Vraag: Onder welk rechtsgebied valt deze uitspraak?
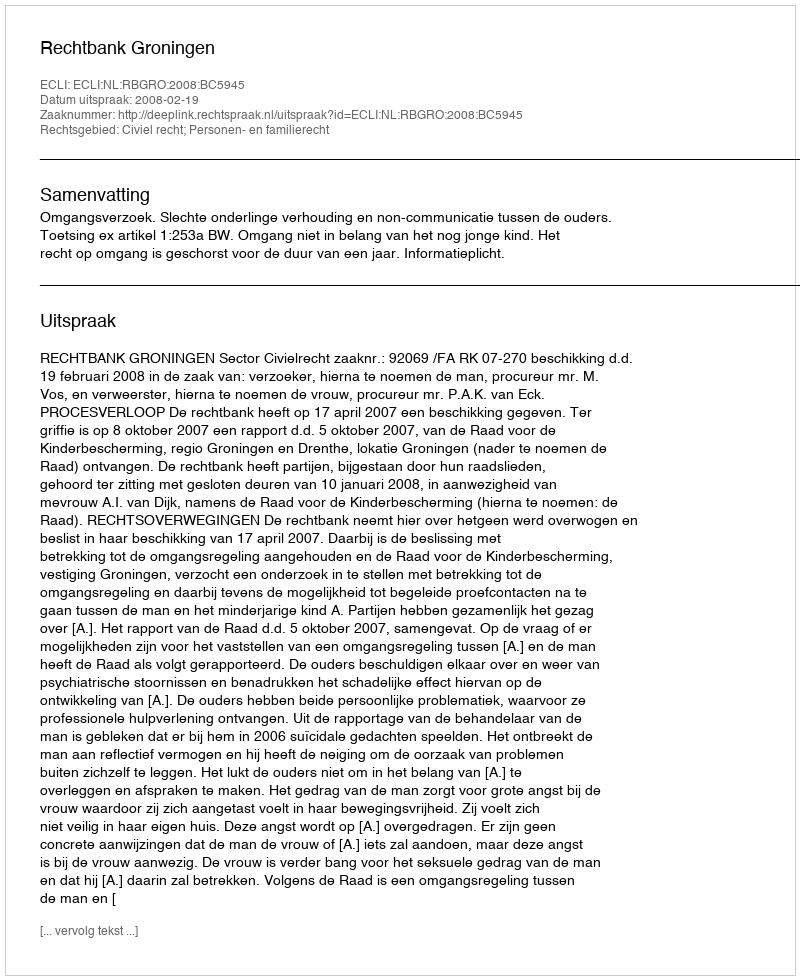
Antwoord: Civiel recht; Personen- en familierecht